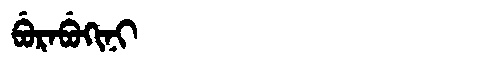
Manchu: ᠪᡠᡵᠠᠪᡠᡴᡳᠨᡳ
Romanization: BURABUKINI